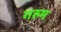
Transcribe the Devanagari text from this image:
गरुम